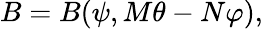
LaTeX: B=B(\psi,M\theta-N\varphi),